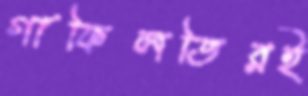
গাফিলতিরই